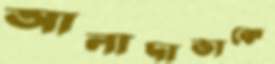
আলাদাভাকে